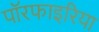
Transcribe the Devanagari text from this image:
पॉरफाइरिया